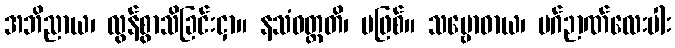
အဘိညာယ၊ လွန်စွာသိခြင်းငှာ။ နသံဝတ္တတိ၊ မဖြစ်။ သမ္ဗောဓာယ၊ မဂ်ဉာဏ်လေးပါး